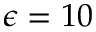
\epsilon = 1 0